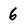
Character: 6